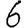
Digit: 6